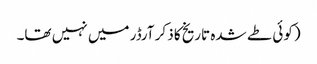
(کوئی طے شدہ تاریخ کا ذکر آرڈر میں نہیں تھا۔